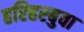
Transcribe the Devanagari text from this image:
हरिहरबुवा